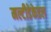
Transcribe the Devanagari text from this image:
मल्टीडेकेडल